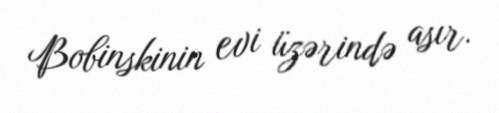
Bobinskinin evi üzərində asır.